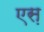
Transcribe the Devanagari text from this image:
एस़